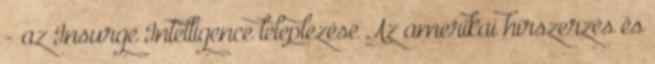
- az Insurge Intelligence leleplezése Az amerikai hírszerzés és